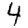
Digit: 4